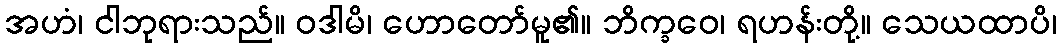
အဟံ၊ ငါဘုရားသည်။ ဝဒါမိ၊ ဟောတော်မူ၏။ ဘိက္ခဝေ၊ ရဟန်းတို့။ သေယထာပိ၊